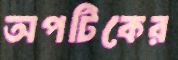
অপটিকের